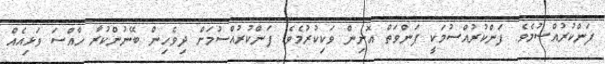
ފަންކުރުއްސުމެވެ. ފަންކުރުއްސުމަކީ ފަންވަތް އޮށިން ވަކިކުރުމެވެ. ފަންކުރުއްސުމަށް ދިވެހިން ބޭނުންކުރާ ހާއްސަ ވަޅިއެއް